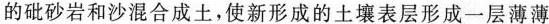
的砒砂岩和沙混合成土，使新形成的土壤表层形成一层薄薄